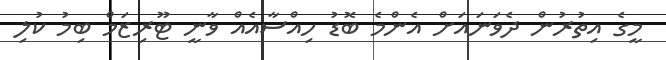
މީގެ އިތުރުން ދެވަނައަށް އެންމެ ބޮޑު ހިއްސާއެއް ވާނީ ޓޫރިޒަމް ބިމު ކުލި